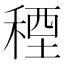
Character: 𮃓